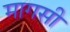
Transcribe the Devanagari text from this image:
मागसी